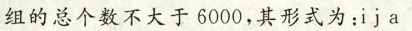
组的总个数不大于6000，其形式为：i j a